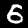
Label: 6